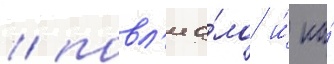
/ повл'иа́ло и́ на́